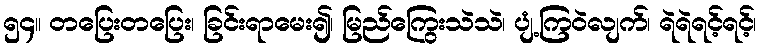
၅၄။ တပြေးတပြေး၊ ခြင်းရာမေး၍၊ မြည်ကြွေးသဲသဲ၊ ပျံ့ကြဝဲလျက်၊ ရဲရဲရင့်ရင့်၊